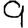
Digit: 9